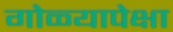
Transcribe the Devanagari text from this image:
गोळ्यापेक्षा